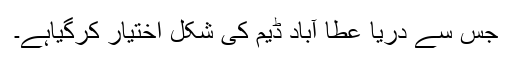
جس سے دریا عطا آباد ڈیم کی شکل اختیار کرگیاہے۔